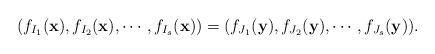
LaTeX: \begin{align*} (f_{I_1}(\mathbf{x}),f_{I_2}(\mathbf{x}),\cdots,f_{I_s}(\mathbf{x}))=(f_{J_1}(\mathbf{y}),f_{J_2}(\mathbf{y}),\cdots,f_{J_s}(\mathbf{y})).\end{align*}